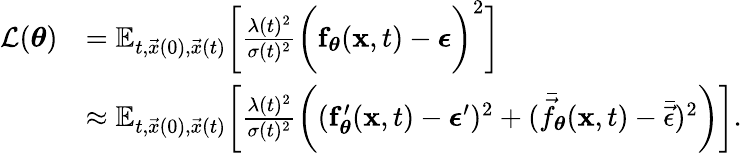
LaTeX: \begin{array}{rl}{\mathcal{L}(\mathbf{\boldsymbol{\theta}})}&{=\mathbb{E}_{t,\vec{x}(0),\vec{x}(t)}\bigg[\frac{\lambda(t)^{2}}{\sigma(t)^{2}}\bigg(\mathbf{\boldsymbol{f}}_{\mathbf{\boldsymbol{\theta}}}(\mathbf{\boldsymbol{x}},t)-\mathbf{\boldsymbol{\epsilon}}\bigg)^{2}\bigg]}\\ &{\approx\mathbb{E}_{t,\vec{x}(0),\vec{x}(t)}\bigg[\frac{\lambda(t)^{2}}{\sigma(t)^{2}}\bigg((\mathbf{\boldsymbol{f}}_{\mathbf{\boldsymbol{\theta}}}^{\prime}(\mathbf{\boldsymbol{x}},t)-\mathbf{\boldsymbol{\epsilon}}^{\prime})^{2}+(\bar{\vec{f}}_{\mathbf{\boldsymbol{\theta}}}(\mathbf{\boldsymbol{x}},t)-\bar{\vec{\epsilon}})^{2}\bigg)\bigg].}\end{array}